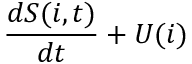
\frac { d S ( i , t ) } { d t } + U ( i )